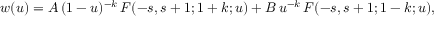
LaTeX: w ( u ) = A \, ( 1 - u ) ^ { - k } \, F ( - s , s + 1 ; 1 + k ; u ) + B \, u ^ { - k } \, F ( - s , s + 1 ; 1 - k ; u ) ,